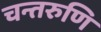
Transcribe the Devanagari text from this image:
चन्तरुणि